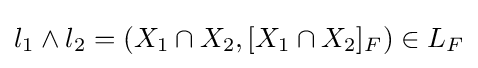
l_{1}\wedge l_{2}=\left(X_{1}\cap X_{2},[X_{1}\cap X_{2}]_{F}\right)\in L_{F}